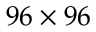
9 6 \times 9 6